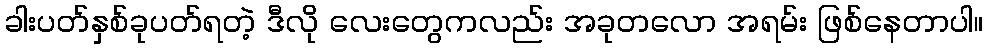
ခါးပတ်နှစ်ခုပတ်ရတဲ့ ဒီလို လေးတွေကလည်း အခုတလော အရမ်း ဖြစ်နေတာပါ။